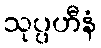
သုပ္ပဟီနံ